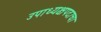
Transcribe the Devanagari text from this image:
उपाध्यक्षपदाचा